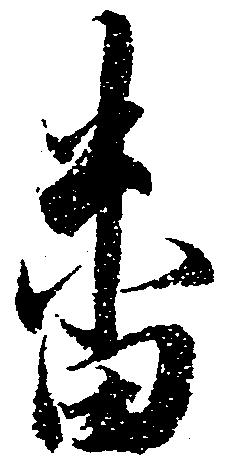
番